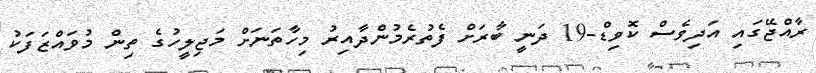
ރާއްޖޭގައި އަދިވެސް ކޮވިޑް-19 ދަނީ ބާރަށް ފެތުރެމުންދާއިރު މިހާތަނަށް މަޖިލީހުގެ ތިން މުވައްޒަފަކު